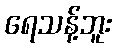
ရေသန့်ဘူး